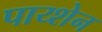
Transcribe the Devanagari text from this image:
पाय्शेन